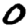
Digit: 0